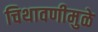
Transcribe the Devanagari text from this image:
चिथावणीमुळे